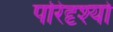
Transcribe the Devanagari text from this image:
परिदृश्‍यो